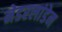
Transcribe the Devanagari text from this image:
नेडरलांडेन